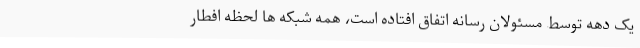
یک دهه توسط مسئولان رسانه اتفاق افتاده است، همه شبکه ها لحظه افطار